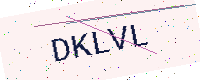
Text: DKLVL